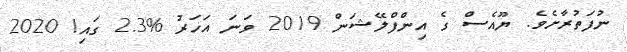
ނުފަތުރާށެވެ. ޔޫއެސް ގެ އިންފްލޭޝަން 2019 ވަނަ އަހަރު %2.3 ގައި! 2020